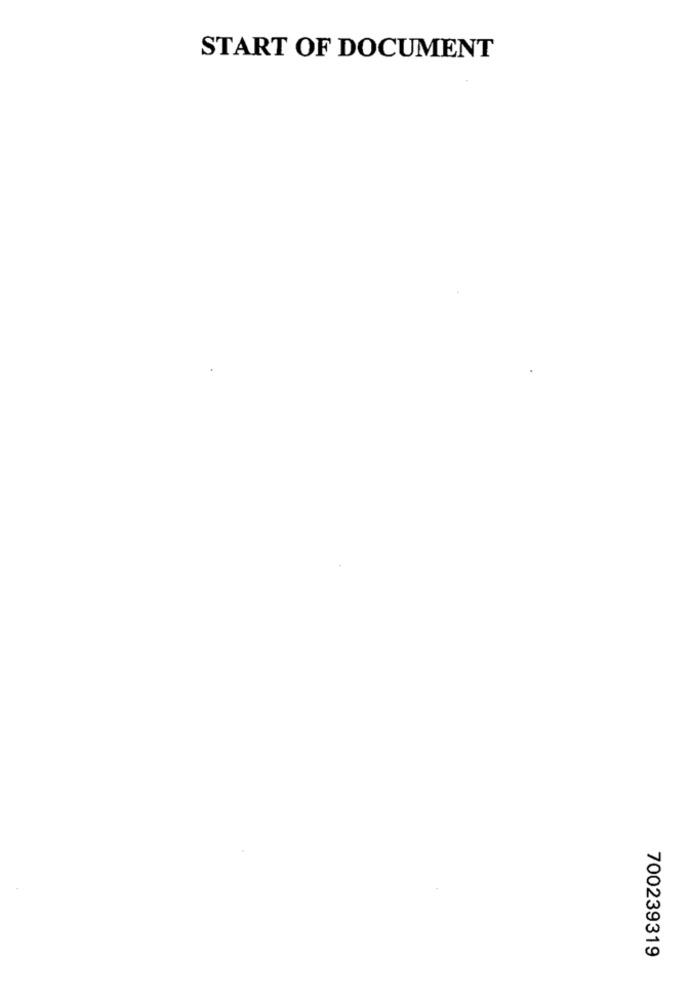
START OF DOCUMENT
700239319